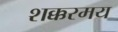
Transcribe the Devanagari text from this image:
शक्करमय